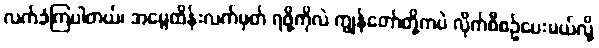
လက်ခံကြပါတယ်၊ အမွေထိန်းလက်မှတ် ရဖို့ကိုလဲ ကျွန်တော်တို့ကပဲ လိုက်စီစဉ်ပေးမယ်လို့